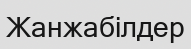
Жанжабілдер